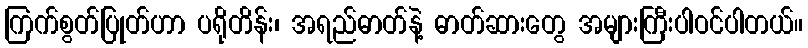
ကြက်စွတ်ပြုတ်ဟာ ပရိုတိန်း၊ အရည်ဓာတ်နဲ့ ဓာတ်ဆားတွေ အများကြီးပါဝင်ပါတယ်။